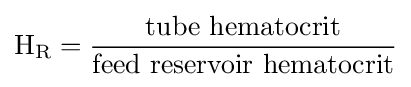
\mathrm {H_{R}} ={{\mbox{tube hematocrit}} \over {\mbox{feed reservoir hematocrit}}}